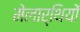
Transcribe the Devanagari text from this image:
मेलार्थियों